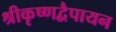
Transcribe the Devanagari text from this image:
श्रीकृष्णद्वैपायन